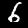
Label: 6